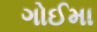
ગોઈમા